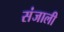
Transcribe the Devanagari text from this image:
संजाली